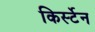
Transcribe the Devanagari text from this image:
किर्स्टेन